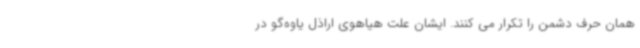
همان حرف دشمن را تکرار می کنند. ایشان علت هیاهوی اراذل یاوه‌گو در